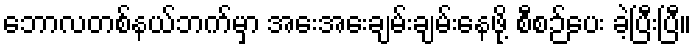
ဘောလတစ်နယ်ဘက်မှာ အေးအေးချမ်းချမ်းနေဖို့ စီစဉ်ပေး ခဲ့ပြီးပြီ။